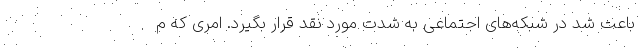
باعث شد در شبکه‌های اجتماعی به شدت مورد نقد قرار بگیرد. امری که م